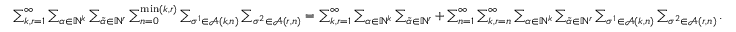
\begin{array} { r } { \sum _ { k , r = 1 } ^ { \infty } \sum _ { \alpha \in \mathbb { N } ^ { k } } \sum _ { { \tilde { \alpha } } \in \mathbb { N } ^ { r } } \sum _ { n = 0 } ^ { \operatorname* { m i n } ( k , r ) } \sum _ { \sigma ^ { 1 } \in \mathcal { A } ( k , n ) } \sum _ { \sigma ^ { 2 } \in \mathcal { A } ( r , n ) } = \sum _ { k , r = 1 } ^ { \infty } \sum _ { \alpha \in \mathbb { N } ^ { k } } \sum _ { { \tilde { \alpha } } \in \mathbb { N } ^ { r } } + \sum _ { n = 1 } ^ { \infty } \sum _ { k , r = n } ^ { \infty } \sum _ { \alpha \in \mathbb { N } ^ { k } } \sum _ { { \tilde { \alpha } } \in \mathbb { N } ^ { r } } \sum _ { \sigma ^ { 1 } \in \mathcal { A } ( k , n ) } \sum _ { \sigma ^ { 2 } \in \mathcal { A } ( r , n ) } . } \end{array}